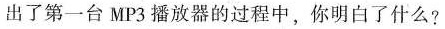
出了第一台MP3播放器的过程中，你明白了什么?